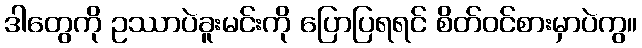
ဒါတွေကို ဥဿာပဲခူးမင်းကို ပြောပြရရင် စိတ်ဝင်စားမှာပဲကွ။